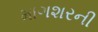
માગશરની